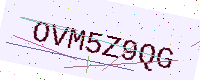
Text: OVM5Z9QG